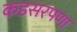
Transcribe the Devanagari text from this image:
कडसरपणा